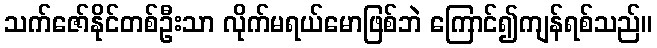
သက်ဇော်နိုင်တစ်ဦးသာ လိုက်မရယ်မောဖြစ်ဘဲ ကြောင်၍ကျန်ရစ်သည်။